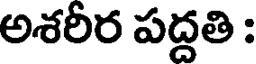
అశరీర పద్దతి :